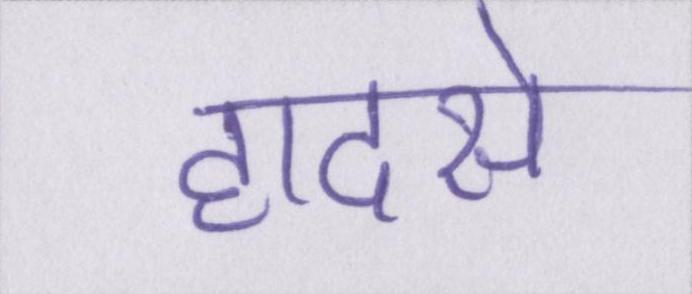
हादसे